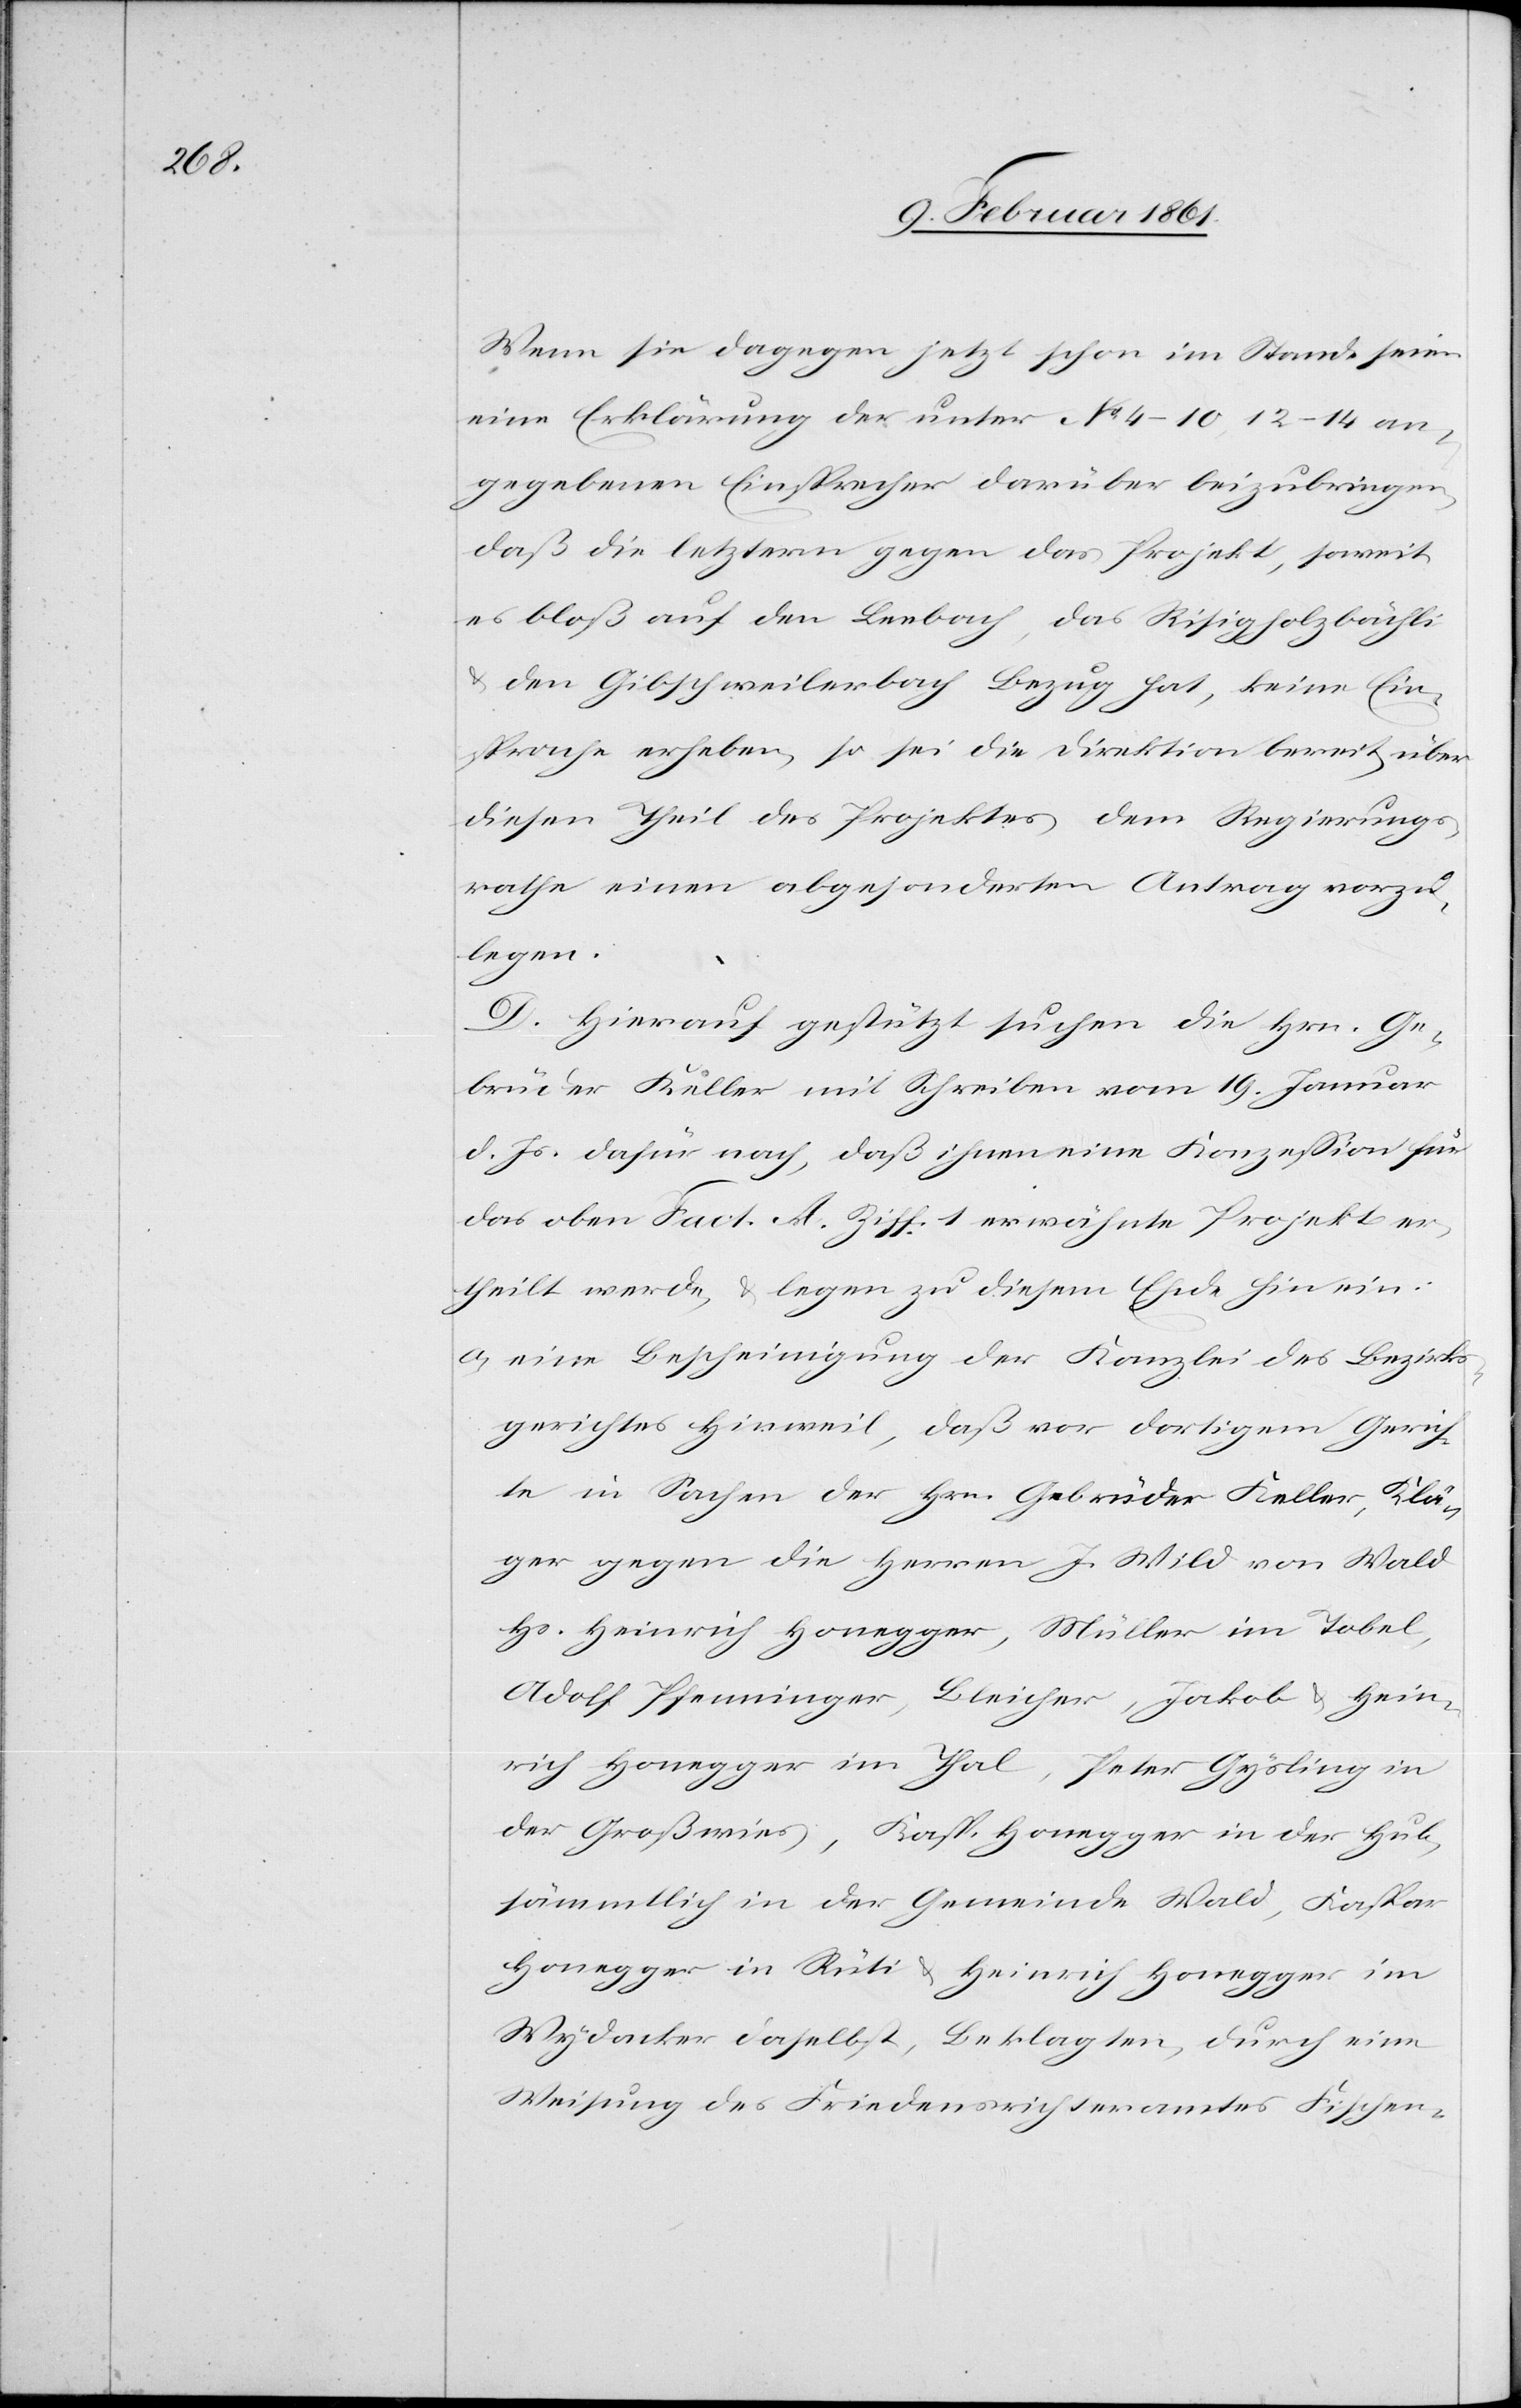
Wenn sie dagegen jetzt schon im Stande seien
eine Erklärung der unter No 4–10, 12–14 an¬
gegebenen Einsprecher darüber beizubringen,
daß die letztern gegen das Projekt, soweit
es bloß auf dem Leebach, das Risiholzbächli
u. den Gibschweilerbach Bezug hat, keine Ein¬
sprache erheben, so sei die Direktion bereit über
diesen Theil des Projektes dem Regierungs¬
rathe einen abgesonderten Antrag vorzu¬
legen.
D. Hierauf gestützt suchen die Hrn. Ge¬
brüder Keller mit Schreiben vom 19. Januar
d. Js. dafür nach, daß ihnen eine Konzession für
das oben [in] Fact. A. Ziff. 1 erwähnte Projekt er¬
theilt werde, u. legen zu diesem Ehde [recte:
a) eine Bescheinigung der Kanzlei des Bezirks¬
gerichtes Hinweil, daß vor dasigem Gerich¬
te in Sachen der Hrn. Gebrüder Keller, Klä¬
ger gegen die Herren J. Wild von Wald,
Hs. Heinrich Honegger, Müller im Tobel,
Adolf Pfenninger, Bleicher, Jakob u. Hein¬
rich Honegger im Thal, Peter Gysling in
der Großwies, Kasp. Honegger in der Hub,
sämmtlich in der Gemeinde Wald, Kaspar
Honegger in Rüti u. Heinrich Honegger im
Wydacker daselbst, Beklagten, durch eine
Weisung des Friedensrichteramtes Fischen-